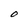
Character: O